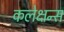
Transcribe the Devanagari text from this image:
कलेक्षन्स